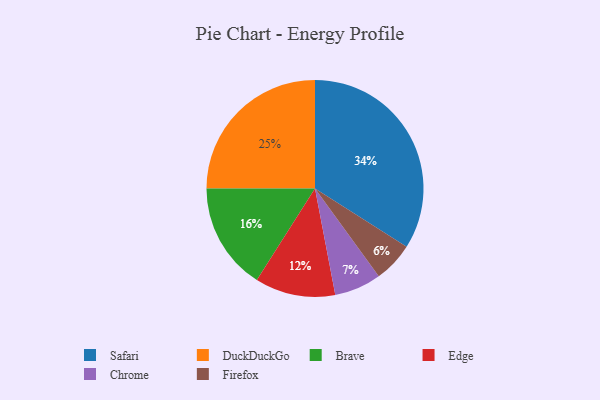
{"axis": {"x": "Category", "y": "Percentage"}, "legend": ["Brave", "Chrome", "DuckDuckGo", "Edge", "Firefox", "Safari"], "data": [{"x": "Safari", "y": 34, "type": "Safari"}, {"x": "Firefox", "y": 6, "type": "Firefox"}, {"x": "Chrome", "y": 7, "type": "Chrome"}, {"x": "Brave", "y": 16, "type": "Brave"}, {"x": "Edge", "y": 12, "type": "Edge"}, {"x": "DuckDuckGo", "y": 25, "type": "DuckDuckGo"}]}